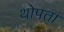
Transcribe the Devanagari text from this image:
थोपता